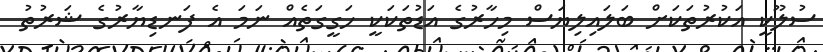
ސުލޫކީ އަކުރުތަކަށް ބަލައިލިޔަސް މިހާރުގެ އަޑުތަކަކީ ހަގީގަތެއް ނަމަ އެ ފަނޑިޔާރުގެ ޝަރުތު